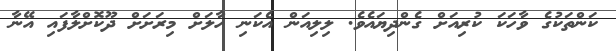
ކަންތަކުގެ ވާހަކަ ކުރިއަށް ގެންދިޔައެވެ. ލިލިއަން އެކަނި ހާލަށް މިރަށަށް ދޫކޮށްލާފައި އޭނާ